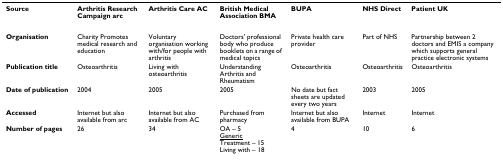
<table><thead><tr><td><b>Source</b></td><td><b>Arthritis Research Campaign arc</b></td><td><b>Arthritis Care AC</b></td><td><b>British Medical Association BMA</b></td><td><b>BUPA</b></td><td><b>NHS Direct</b></td><td><b>Patient UK</b></td></tr></thead><tbody><tr><td><b>Organisation</b></td><td>Charity Promotes medical research and education</td><td>Voluntary organisation working with/for people with arthritis</td><td>Doctors&#x27; professional body who produce booklets on a range of medical topics</td><td>Private health care provider</td><td>Part of NHS</td><td>Partnership between 2 doctors and EMIS a company which supports general practice electronic systems</td></tr><tr><td><b>Publication title</b></td><td>Osteoarthritis</td><td>Living with osteoarthritis</td><td>Understanding Arthritis and Rheumatism</td><td>Osteoarthritis</td><td>Osteoarthritis</td><td>Osteoarthritis</td></tr><tr><td><b>Date of publication</b></td><td>2004</td><td>2005</td><td>2005</td><td>No date but fact sheets are updated every two years</td><td>2003</td><td>2005</td></tr><tr><td><b>Accessed</b></td><td>Internet but also available from arc</td><td>Internet but also available from AC</td><td>Purchased from pharmacy</td><td>Internet but also available from BUPA</td><td>Internet</td><td>Internet</td></tr><tr><td><b>Number of pages</b></td><td>26</td><td>34</td><td>OA – 5<underline>Generic</underline>Treatment – 15Living with – 18</td><td>4</td><td>10</td><td>6</td></tr></tbody></table>